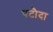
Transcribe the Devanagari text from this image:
पटौदा